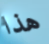
هذا